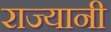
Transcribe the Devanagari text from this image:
राज्यानी